65_HS1-834228961_62-HQ-83894_Section_9
Agency: FBI
Page 260
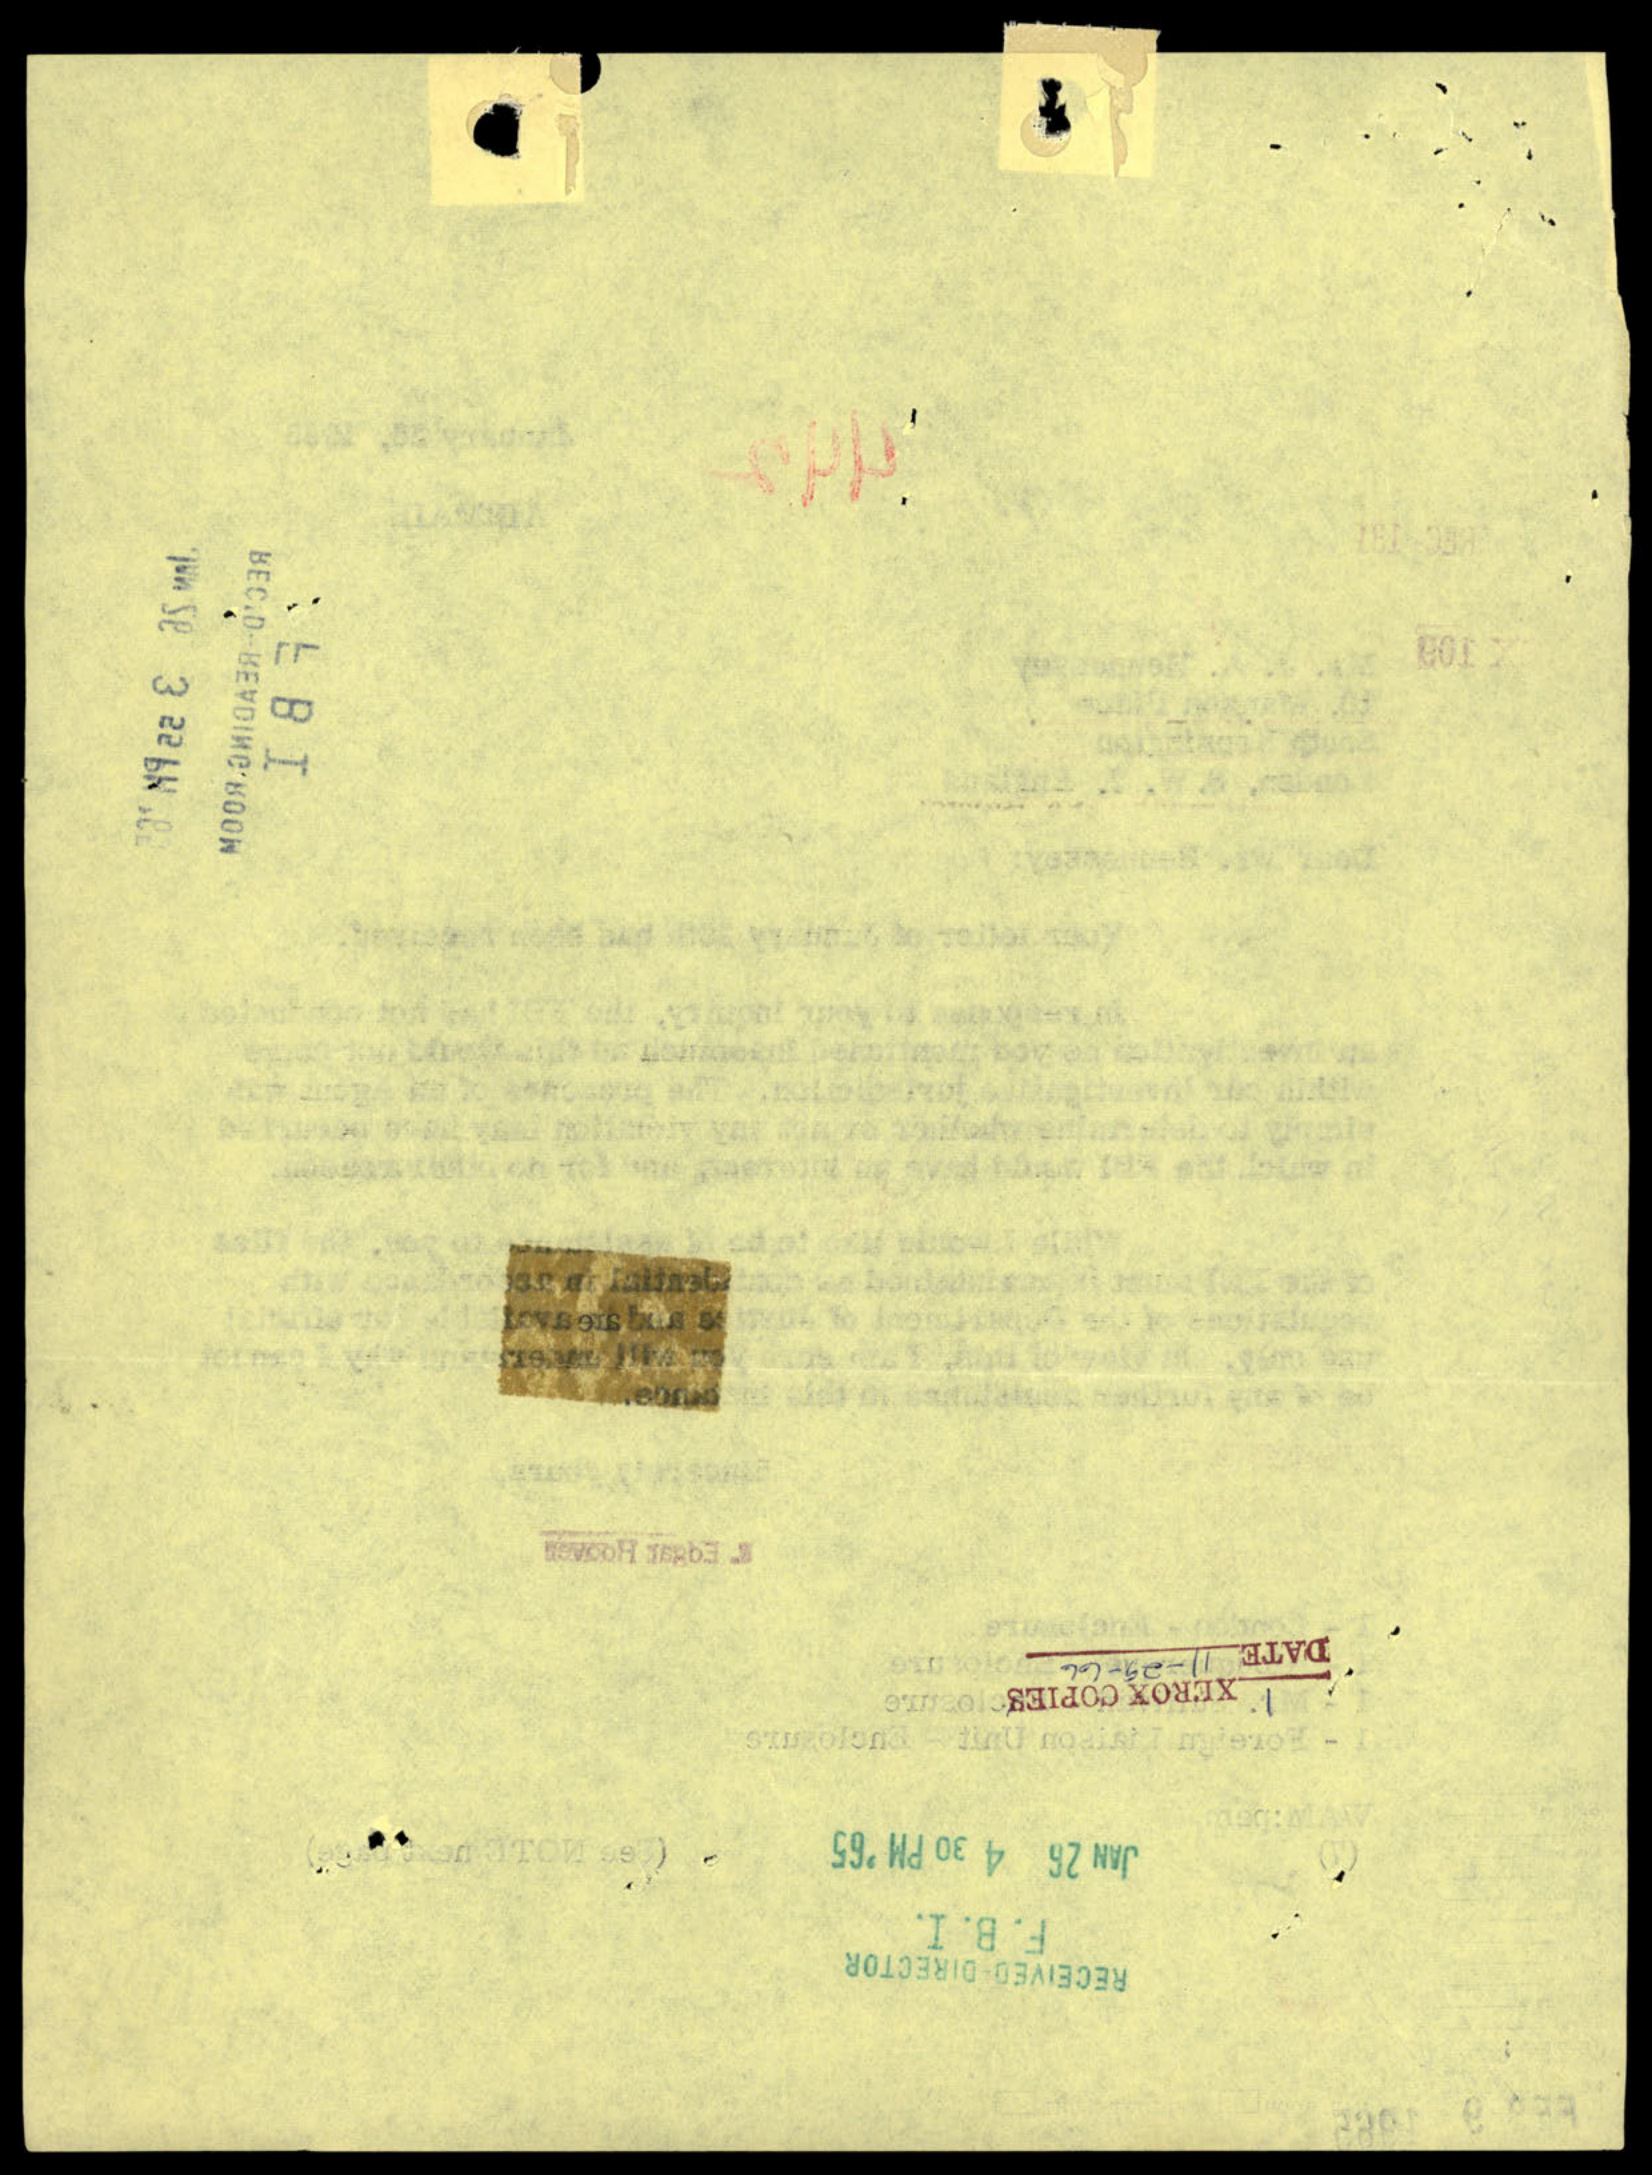